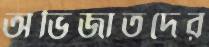
অভিজাতদের